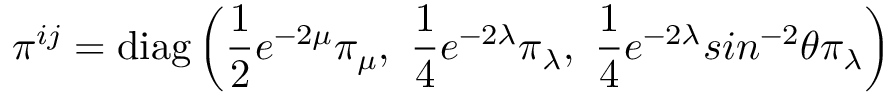
\pi ^ { i j } = \mathrm { d i a g } \left( \frac { 1 } { 2 } e ^ { - 2 \mu } \pi _ { \mu } , ~ \frac { 1 } { 4 } e ^ { - 2 \lambda } \pi _ { \lambda } , ~ \frac { 1 } { 4 } e ^ { - 2 \lambda } s i n ^ { - 2 } \theta \pi _ { \lambda } \right)